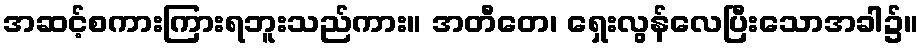
အဆင့်စကားကြားရဘူးသည်ကား။ အတီတေ၊ ရှေးလွန်လေပြီးသောအခါ၌။